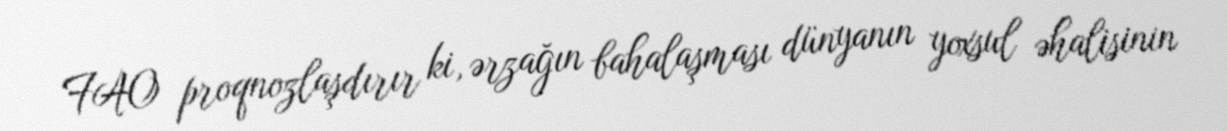
FAO proqnozlaşdırır ki, ərzağın bahalaşması dünyanın yoxsul əhalisinin